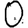
Digit: 0